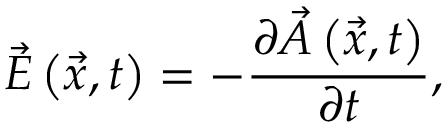
\vec { E } \left( \vec { x } , t \right) = - \frac { \partial \vec { A } \left( \vec { x } , t \right) } { \partial t } ,